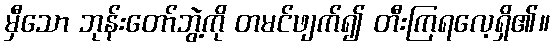
မှီသော ဘုန်းတော်ဘွဲ့ကို တမင်ဖျက်၍ တီးကြရလေ့ရှိ၏။